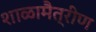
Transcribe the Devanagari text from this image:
शाळामैत्रीण